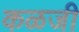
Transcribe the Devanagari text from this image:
कळजी